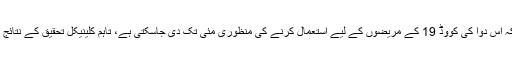
جاپانی وزارت صحت کے ایک عہدیدار نے مقامی میڈیا کو بتایا کہ اس دوا کی کووڈ 19 کے مریضوں کے لیے استعمال کرنے کی منظوری مئی تک دی جاسکتی ہے، تاہم کلینیکل تحقیق کے نتائج میں تاخیر ہوئی تو منظوری کے عمل میں بھی تاخیر ہوسکتی ہے۔